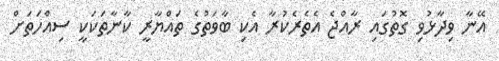
އޭނާ ވިދާޅުވި ގޮތުގައި ރާއްޖެ އެތެރެކުރާ އެކި ބާވަތުގެ ތައްޔާރީ ކާނާތަކަކީ ސިއްހަތަށް